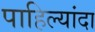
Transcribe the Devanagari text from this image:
पाहिल्यांदा